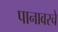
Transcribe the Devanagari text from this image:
पानावरचे